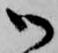
御